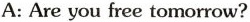
A: Are you free tomorrow?